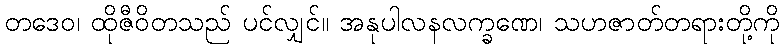
တဒေဝ၊ ထိုဇီဝိတသည် ပင်လျှင်။ အနုပါလနလက္ခဏေ၊ သဟဇာတ်တရားတို့ကို